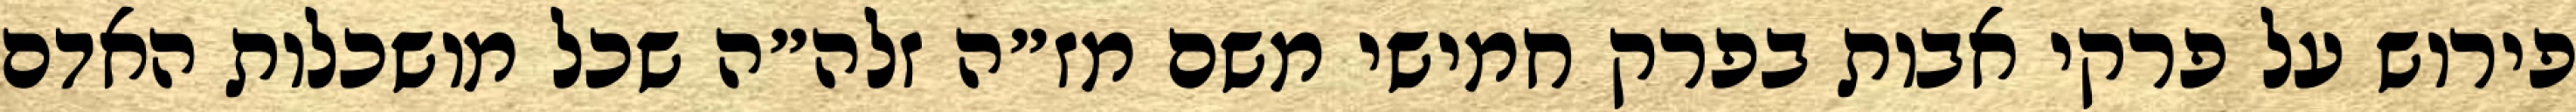
פירוש על פרקי אבות בפרק חמישי משם מז״ה זלה״ה שכל מושכלות האדם